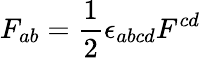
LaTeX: F_{ab}={\frac{1}{2}}\epsilon_{abcd}F^{cd}